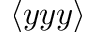
\langle y y y \rangle